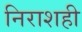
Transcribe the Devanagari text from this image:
निराशही